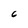
Character: 6